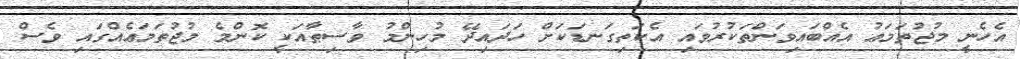
އެހެނީ މުޖުތަމަޢު އެއްބައިވަންތަކުރުވައި އެކަތިގަނޑަކަށް ހަދައިދޭ މުހިންމު ވާސިޠާއަކީ ކޮންމެ މުޖުތަމަޢެއްގައި ވެސް